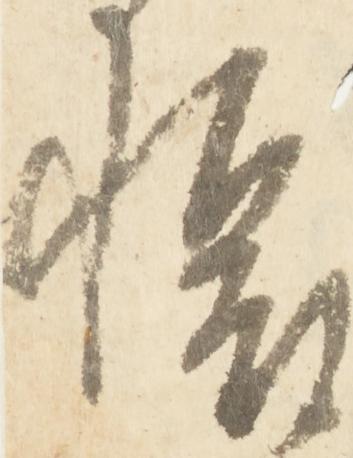
懐